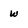
Character: w